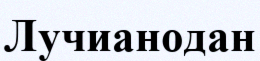
Лучианодан